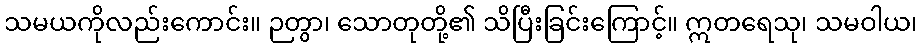
သမယကိုလည်းကောင်း။ ဉတွာ၊ သောတုတို့၏ သိပြီးခြင်းကြောင့်။ ဣတရေသု၊ သမဝါယ၊